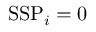
\mathrm { S S P } _ { i } = 0